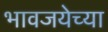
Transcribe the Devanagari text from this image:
भावजयेच्या